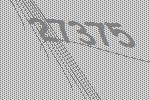
27375